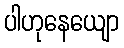
ပါဟုနေယျော